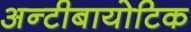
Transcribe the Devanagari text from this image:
अन्टीबायोटिक